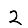
Digit: 2